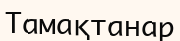
Тамақтанар